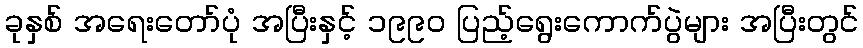
ခုနှစ် အရေးတော်ပုံ အပြီးနှင့် ၁၉၉၀ ပြည့်ရွေးကောက်ပွဲများ အပြီးတွင်